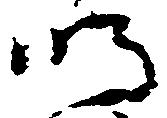
明